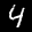
Label: 4